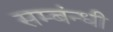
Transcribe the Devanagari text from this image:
सम्बंन्धी